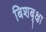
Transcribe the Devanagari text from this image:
बिशबृक्षा